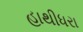
હાથીધરા